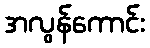
အလွန်ကောင်း